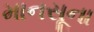
માનસૂના